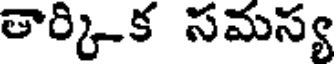
తార్కిక సమస్య